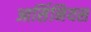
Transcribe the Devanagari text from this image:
आर्सिनियस